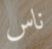
ناس